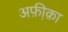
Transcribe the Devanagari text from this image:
अफ़ी़क़ा